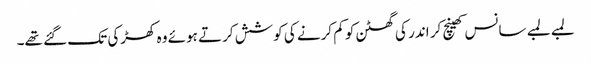
لمبے لمبے سانس کھینچ کر اندر کی گھٹن کو کم کرنے کی کوشش کرتے ہوئے وہ کھڑکی تک گئے تھے۔